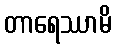
တာရေဿာမိ